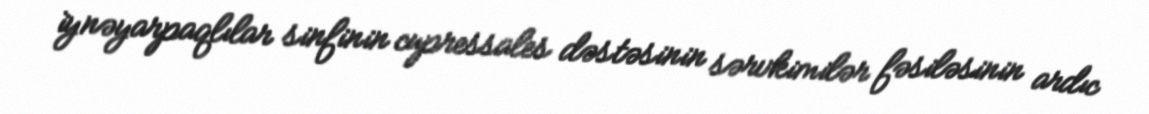
i̇ynəyarpaqlılar sinfinin cupressales dəstəsinin sərvkimilər fəsiləsinin ardıc